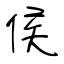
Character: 侯